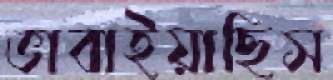
ভাবাইয়াছিস